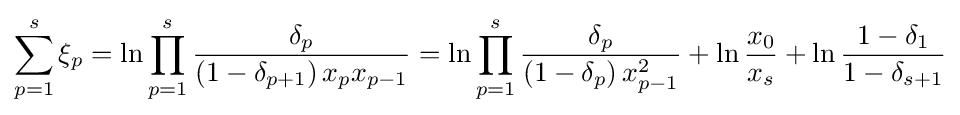
\sum _{p=1}^{s}\xi _{p}=\ln \prod _{p=1}^{s}{\frac {\delta _{p}}{\left(1-\delta _{p+1}\right)x_{p}x_{p-1}}}=\ln \prod _{p=1}^{s}{\frac {\delta _{p}}{\left(1-\delta _{p}\right)x_{p-1}^{2}}}+\ln {\frac {x_{0}}{x_{s}}}+\ln {\frac {1-\delta _{1}}{1-\delta _{s+1}}}